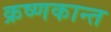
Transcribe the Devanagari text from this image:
क्रष्णकान्त